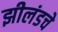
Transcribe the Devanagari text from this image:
झीलंडचे